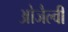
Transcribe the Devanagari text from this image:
ओजैल्वी